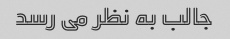
جالب به نظر می رسد